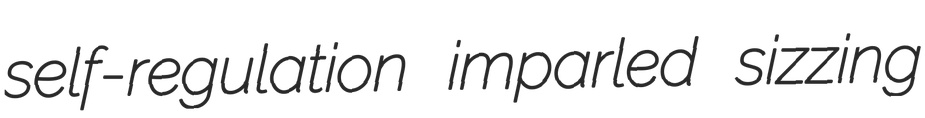
self-regulation imparled sizzing